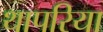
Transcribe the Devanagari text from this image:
थापरिया